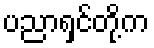
ပညာရှင်တို့က